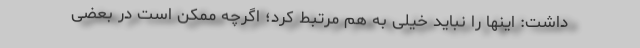
داشت: اینها را نباید خیلی به هم مرتبط کرد؛ اگرچه ممکن است در بعضی